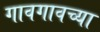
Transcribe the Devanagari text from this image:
गावगावच्या